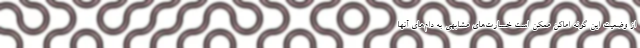
از وضعیت این گونه اماکن ممکن است خسارت‌های مشابهی به دام‌های آنها